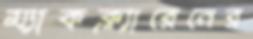
ম্যাকক্ল্যারেনের